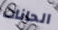
الحانات